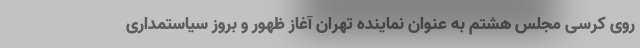
روی کرسی مجلس هشتم به عنوان نماینده تهران آغاز ظهور و بروز سیاستمداری